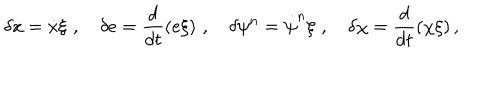
LaTeX: \delta x = \dot { x } \xi \, \, , \, \, \, \, \, \, \delta e = \frac { d } { d t } ( e \xi ) \, \, , \, \, \, \, \, \, \delta \psi ^ { n } = \dot { \psi } ^ { n } \xi \, \, , \, \, \, \, \, \, \delta \chi = \frac { d } { d t } ( \chi \xi ) \, ,